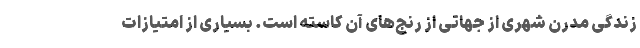
زندگی مدرن شهری از جهاتی از رنج‌های آن کاسته است. بسیاری از امتیازات